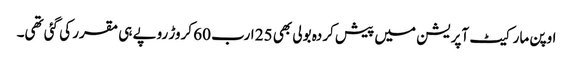
اوپن مارکیٹ آپریشن میں پیش کردہ بولی بھی 25 ارب 60 کروڑ روپے ہی مقرر کی گئی تھی۔